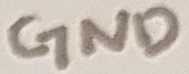
Text: GND